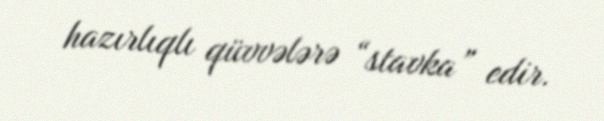
hazırlıqlı qüvvələrə “stavka” edir.